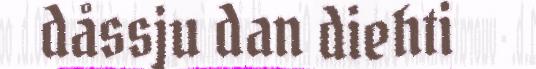
dåssju dan diehti